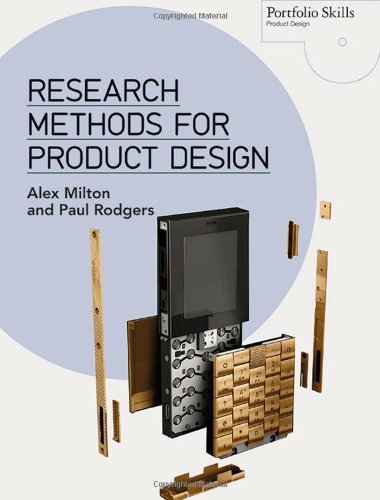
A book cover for Research Methods for Product Design (Portfolio Skills Product Design); Alex Milton; Arts & Photography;